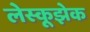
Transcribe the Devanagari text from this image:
लेस्कूझेक